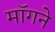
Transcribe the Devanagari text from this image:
माॅगने